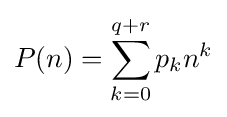
P(n)=\sum _{k=0}^{q+r}{p_{k}n^{k}}